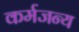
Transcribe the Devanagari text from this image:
कर्मजन्य